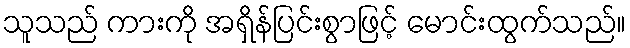
သူသည် ကားကို အရှိန်ပြင်းစွာဖြင့် မောင်းထွက်သည်။